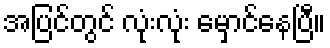
အပြင်တွင် လုံးလုံး မှောင်နေပြီ။